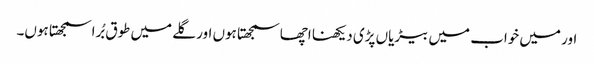
اور میں خواب میں بیڑیاں پڑی دیکھنا اچھا سمجھتا ہوں اور گلے میں طوق بُرا سمجھتا ہوں۔